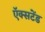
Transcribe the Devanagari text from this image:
ऍक्सटेंड